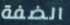
الضفة